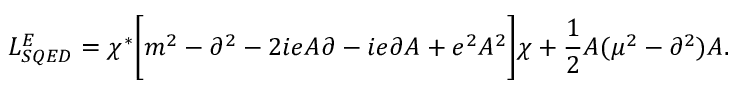
{ \cal L } _ { S Q E D } ^ { E } = \chi ^ { * } \biggl [ m ^ { 2 } - \partial ^ { 2 } - 2 i e A \partial - i e \partial A + e ^ { 2 } A ^ { 2 } \biggr ] \chi + \frac { 1 } { 2 } A ( \mu ^ { 2 } - \partial ^ { 2 } ) A .